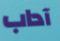
آداب